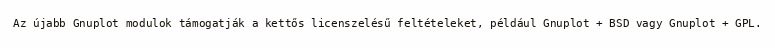
Az újabb Gnuplot modulok támogatják a kettős licenszelésű feltételeket, például Gnuplot + BSD vagy Gnuplot + GPL.